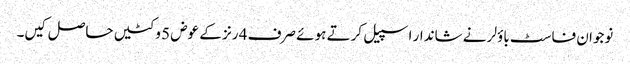
نوجوان فاسٹ باؤلر نے شاندار اسپیل کرتے ہوئے صرف 4 رنز کے عوض 5 وکٹیں حاصل کیں۔